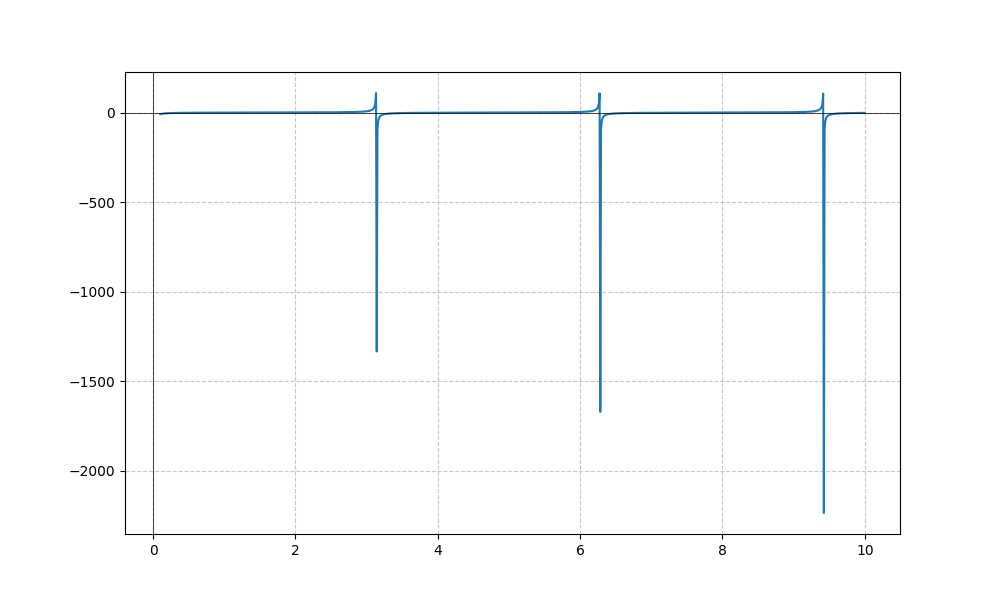
LaTeX formula: - \cot{\left(x \right)} + \operatorname{acot}{\left(x \right)}